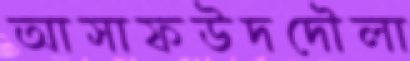
আসাফউদদৌলা